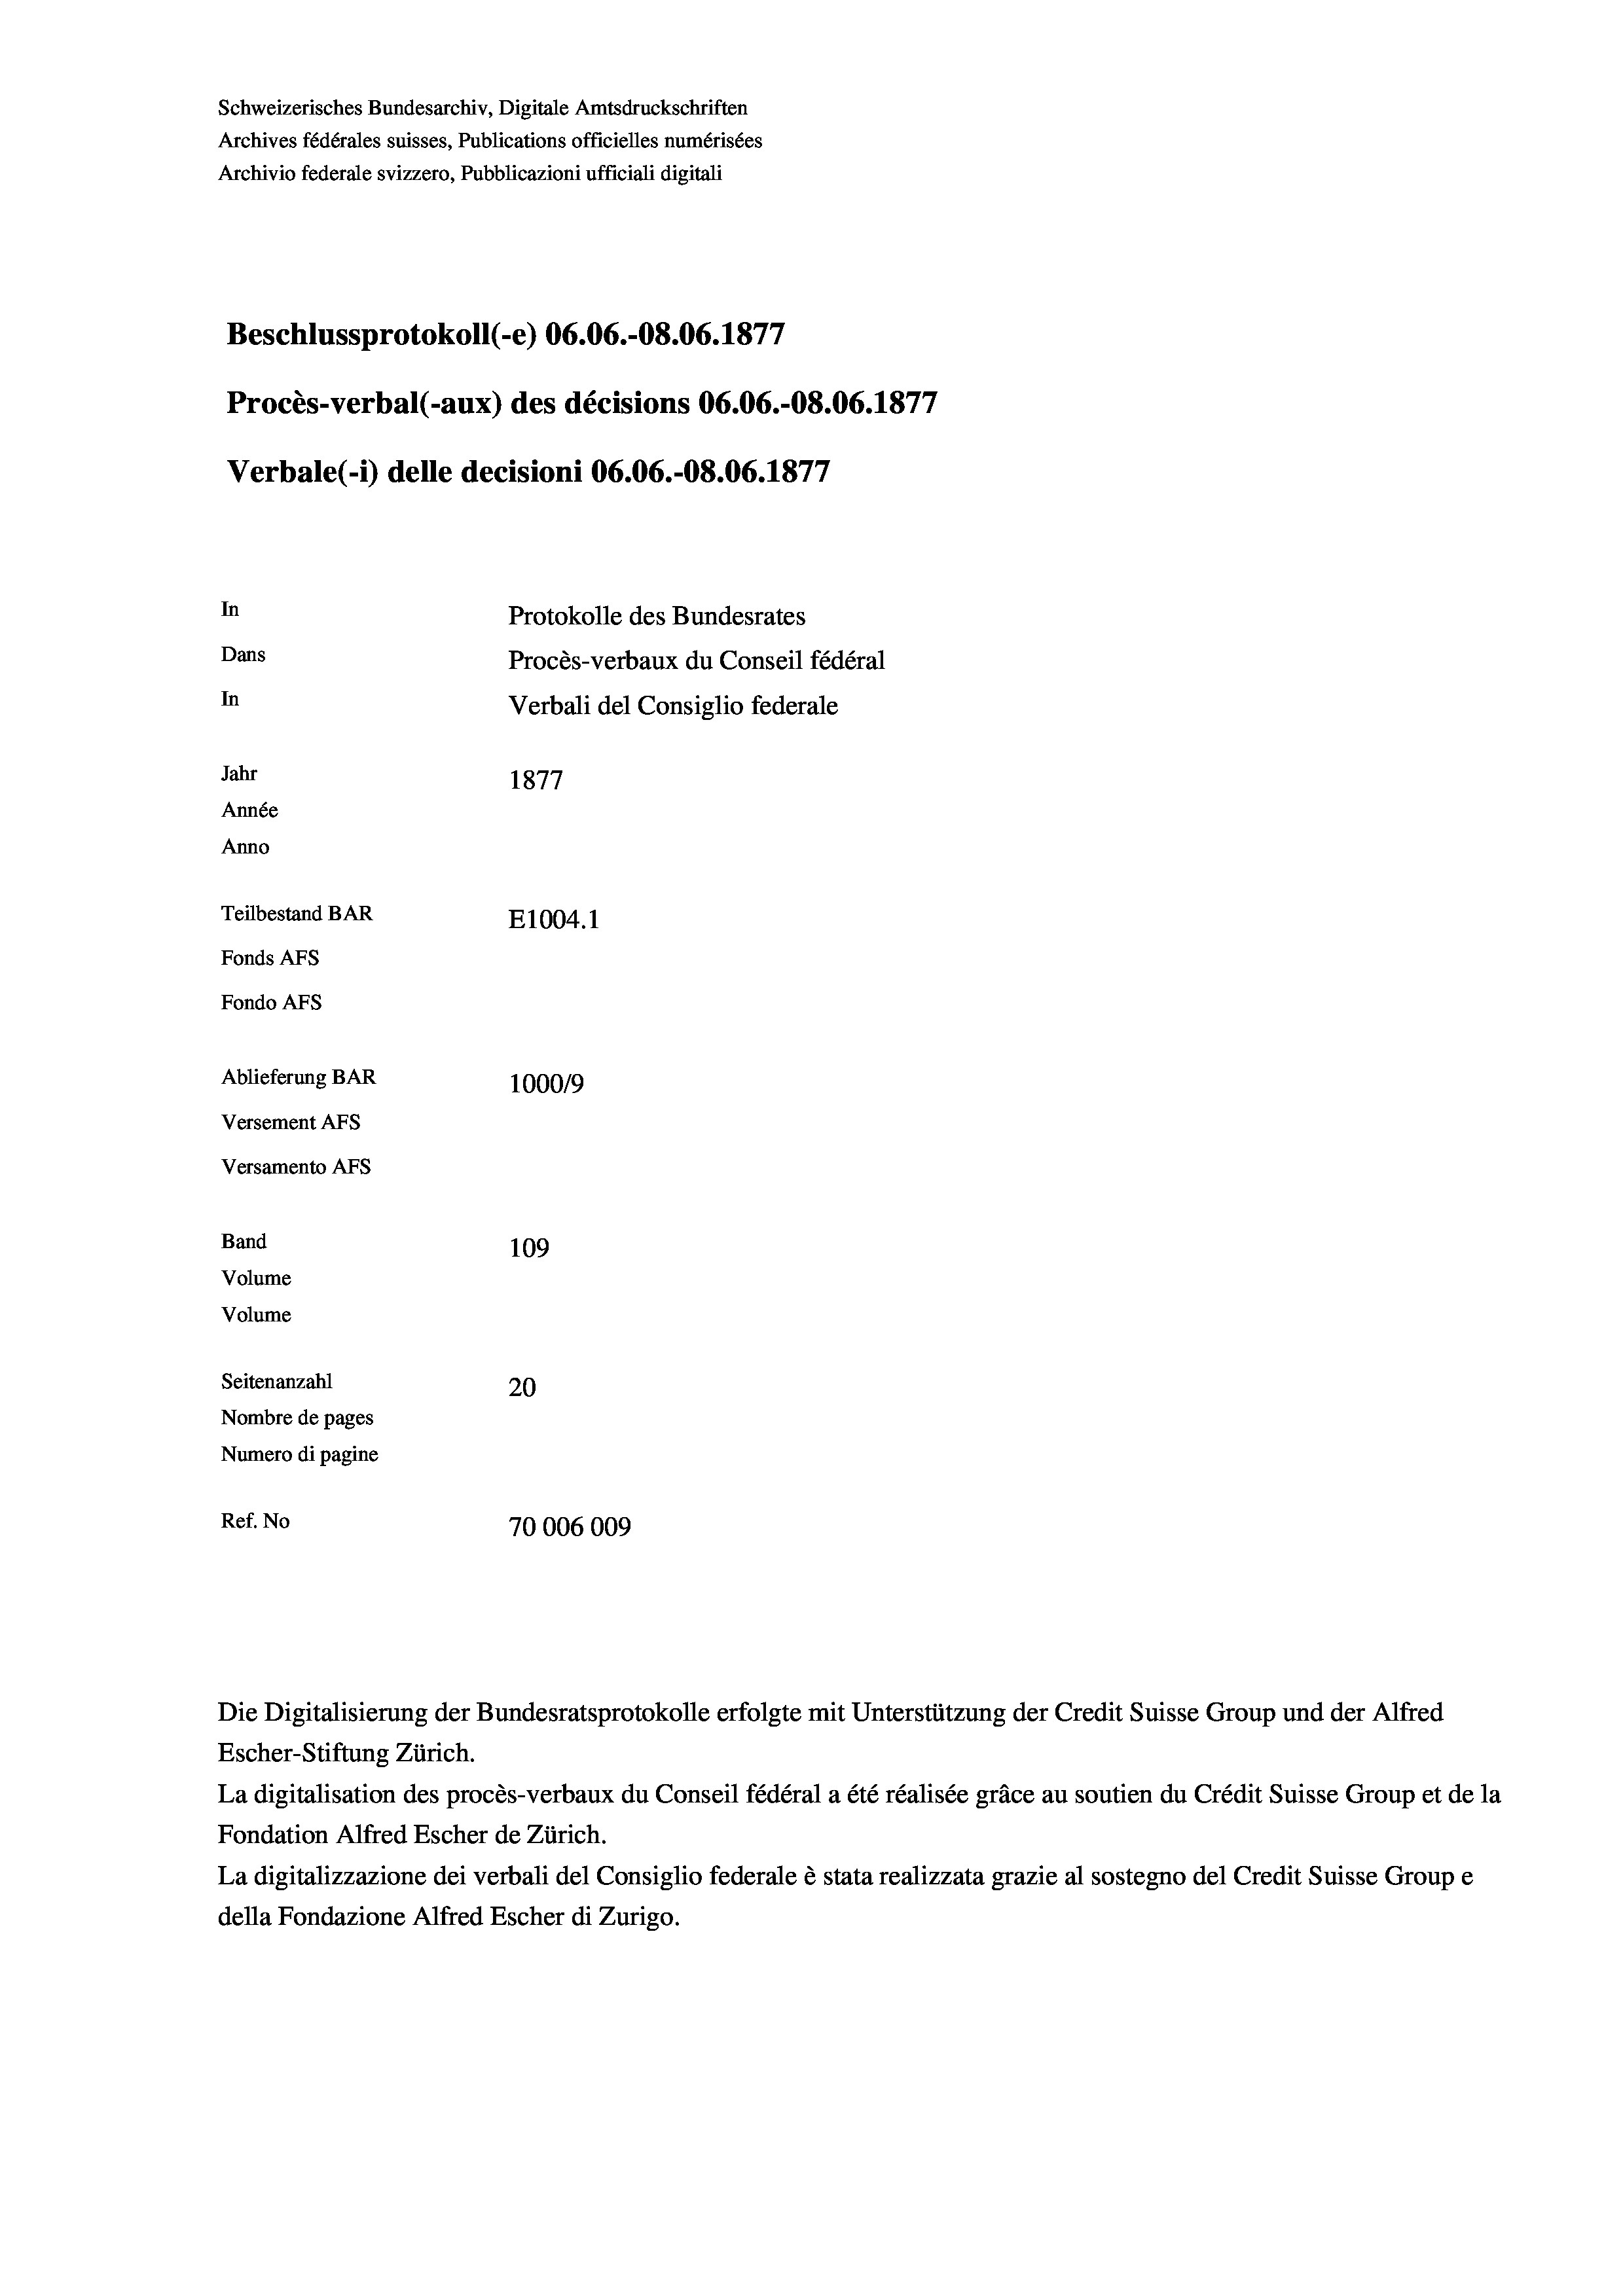
Schweizerisches Bundesarchiv, Digitale Amtsdruckschriften
Archives fédérales suisses, Publications officielles numérisées
Archivio federale svizzero, Pubblicazioni ufficiali digitali
Beschlussprotokoll (-e) 06.06.-O8.06. 1877
Procès-verbal (-aux) des décisions 06.06.-O8.06. 1877
Verbale (i) delle decisioni 06.06.-O8.06. 1877
In
Protokolle des Bundesrates
Dans
Procès-verbaux du Conseil fédéral
In
Verbali del Consiglio federale
Jahr
1877
Année
Anno
Teilbestand BAR
E1004.1
Fonds AFs
Fondo Afs
Ablieferung BAR
1000/9
Versement AFs
Versamento Afs
Band
109

Volume
Volume
Seitenanzahl
20
Nombre de pages
Numero di pagine
Ref. No
70006009

Escher-Stiftung Zürich.
La digitalisation des procès-verbaux du Conseil fédéral a été réalisée gräce au soutien du Crédit Suisse Group et de la
Fondation Alfred Escher de Zürich.
La digitalizzazione dei verbali del Consiglio federale è stata realizzata grazie al sostegno del Credit Suisse Groupe
della Fondazione Alfred Escher di Zurigo.

Die Digitalisierung der Bundesratsprotokolle erfolgte mit Unterstützung der Credit Suisse Group und der Alfred